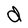
Character: d